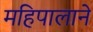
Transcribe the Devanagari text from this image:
महिपालाने